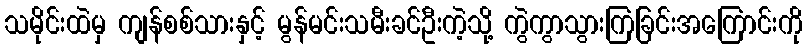
သမိုင်းထဲမှ ကျန်စစ်သားနှင့် မွန်မင်းသမီးခင်ဦးကဲ့သို့ ကွဲကွာသွားကြခြင်းအကြောင်းကို